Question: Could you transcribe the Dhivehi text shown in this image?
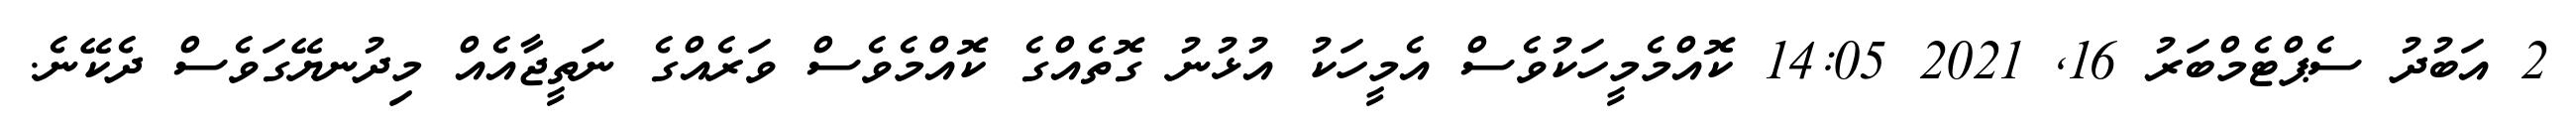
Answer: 2 އަބުދު ސެޕްޓެމްބަރު 16, 2021 14:05 ކޮއްމެމީހަކުވެސް އެމީހަކު އުޅުނު ގޮތެއްގެ ކޮއްމެވެސް ވަރެއްގެ ނަތީޖާއެއް މިދުނޔޭގަވެސް ދެކޭނެ.